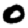
Digit: 0